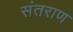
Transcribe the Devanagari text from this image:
संतराण